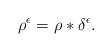
LaTeX: \begin{align*} \rho^{\epsilon} = \rho \ast \delta^{\epsilon}.\end{align*}